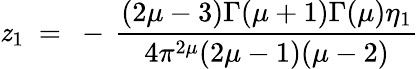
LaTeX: \mathit{z}_{1}~=~-\, \frac{{(2\mu-3)\Gamma(\mu+1)\Gamma(\mu)\eta_{1}}}{{4\pi^{2\mu}(2\mu-1)(\mu-2)}}